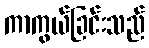
ကာကွယ်ခြင်းသည်